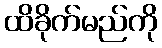
ထိခိုက်မည်ကို